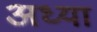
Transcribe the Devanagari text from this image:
अध्या